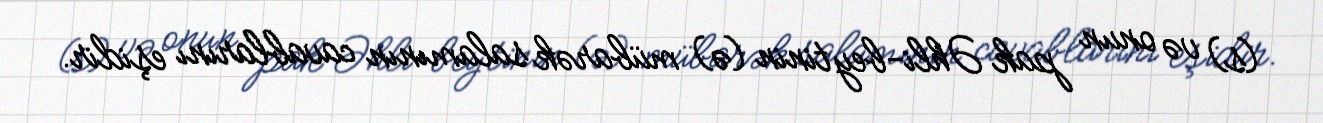
(s) və onun pak Əhli-beytinin (ə) mübarək salamının cavablarını eşidir.